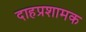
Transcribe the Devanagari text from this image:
दाहप्रशामक